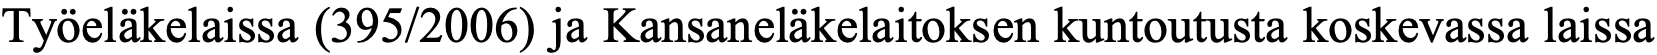
Työeläkelaissa (395/2006) ja Kansaneläkelaitoksen kuntoutusta koskevassa laissa